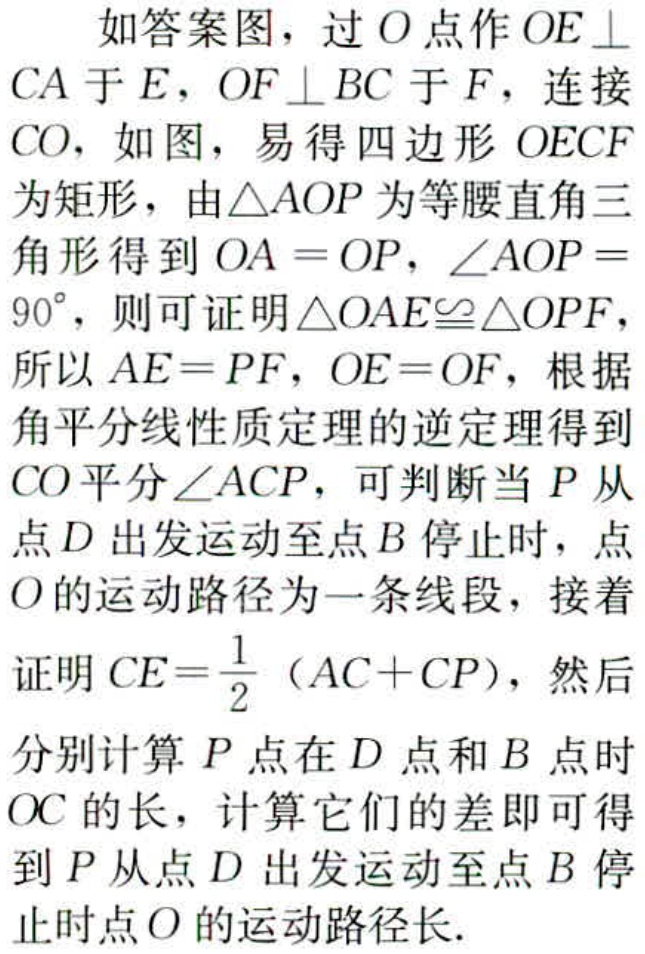
如答案图，过\(O\)点作\(OE\perp CA\)于\(E\)，\(OF\perp BC\)于\(F\)，连接\(CO\)，如图，易得四边形\(OECF\)为矩形，由\(\triangle AOP\)为等腰直角三角形得到\(OA = OP\)，\(\angle AOP = 90^{\circ}\)，则可证明\(\triangle OAE\cong\triangle OPF\)，所以\(AE = PF\)，\(OE = OF\)，根据角平分线性质定理的逆定理得到\(CO\)平分\(\angle ACP\)，可判断当\(P\)从点\(D\)出发运动至点\(B\)停止时，点\(O\)的运动路径为一条线段，接着证明\(CE=\frac{1}{2}(AC + CP)\)，然后分别计算\(P\)点在\(D\)点和\(B\)点时\(OC\)的长，计算它们的差即可得到\(P\)从点\(D\)出发运动至点\(B\)停止时点\(O\)的运动路径长.